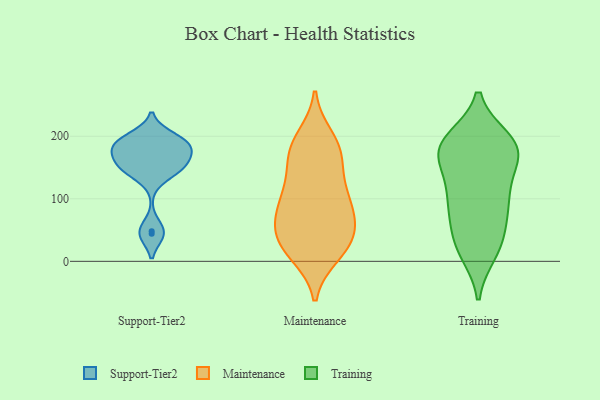
{"axis": {"x": "Operating Costs (USD K)", "y": "Value"}, "legend": ["Maintenance", "Support-Tier2", "Training"], "data": [{"x": "", "y": 199, "type": "Support-Tier2"}, {"x": "", "y": 44, "type": "Support-Tier2"}, {"x": "", "y": 48, "type": "Support-Tier2"}, {"x": "", "y": 184, "type": "Support-Tier2"}, {"x": "", "y": 168, "type": "Support-Tier2"}, {"x": "", "y": 186, "type": "Support-Tier2"}, {"x": "", "y": 189, "type": "Support-Tier2"}, {"x": "", "y": 153, "type": "Support-Tier2"}, {"x": "", "y": 186, "type": "Support-Tier2"}, {"x": "", "y": 151, "type": "Support-Tier2"}, {"x": "", "y": 139, "type": "Support-Tier2"}, {"x": "", "y": 153, "type": "Support-Tier2"}, {"x": "", "y": 115, "type": "Maintenance"}, {"x": "", "y": 36, "type": "Maintenance"}, {"x": "", "y": 98, "type": "Maintenance"}, {"x": "", "y": 180, "type": "Maintenance"}, {"x": "", "y": 20, "type": "Maintenance"}, {"x": "", "y": 31, "type": "Maintenance"}, {"x": "", "y": 11, "type": "Maintenance"}, {"x": "", "y": 159, "type": "Maintenance"}, {"x": "", "y": 64, "type": "Maintenance"}, {"x": "", "y": 59, "type": "Maintenance"}, {"x": "", "y": 181, "type": "Maintenance"}, {"x": "", "y": 72, "type": "Maintenance"}, {"x": "", "y": 198, "type": "Maintenance"}, {"x": "", "y": 49, "type": "Maintenance"}, {"x": "", "y": 181, "type": "Maintenance"}, {"x": "", "y": 100, "type": "Maintenance"}, {"x": "", "y": 94, "type": "Maintenance"}, {"x": "", "y": 137, "type": "Maintenance"}, {"x": "", "y": 16, "type": "Maintenance"}, {"x": "", "y": 14, "type": "Training"}, {"x": "", "y": 191, "type": "Training"}, {"x": "", "y": 160, "type": "Training"}, {"x": "", "y": 189, "type": "Training"}, {"x": "", "y": 101, "type": "Training"}, {"x": "", "y": 176, "type": "Training"}, {"x": "", "y": 190, "type": "Training"}, {"x": "", "y": 161, "type": "Training"}, {"x": "", "y": 183, "type": "Training"}, {"x": "", "y": 58, "type": "Training"}, {"x": "", "y": 106, "type": "Training"}, {"x": "", "y": 74, "type": "Training"}, {"x": "", "y": 21, "type": "Training"}, {"x": "", "y": 175, "type": "Training"}, {"x": "", "y": 139, "type": "Training"}, {"x": "", "y": 101, "type": "Training"}, {"x": "", "y": 195, "type": "Training"}, {"x": "", "y": 40, "type": "Training"}, {"x": "", "y": 20, "type": "Training"}, {"x": "", "y": 95, "type": "Training"}]}